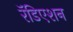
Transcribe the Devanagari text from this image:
रॅडिएशन